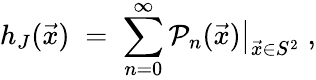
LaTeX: h_{J}(\vec{x})\; =\; \sum_{n=0}^{\infty}\left.{\mathcal{P}}_{n}(\vec{x})\right|_{\vec{x}\in S^{2}}\; ,